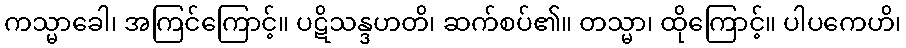
ကသ္မာခေါ၊ အကြင်ကြောင့်။ ပဋိသန္ဒဟတိ၊ ဆက်စပ်၏။ တသ္မာ၊ ထိုကြောင့်။ ပါပကေဟိ၊